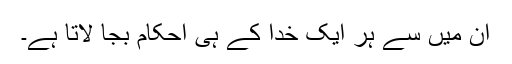
ان میں سے ہر ایک خدا کے ہی احکام بجا لاتا ہے۔